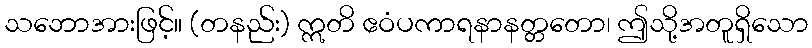
သဘောအားဖြင့်။ (တနည်း) ဣတိ ဧဝံပကာရနာနတ္တတော၊ ဤသို့အတူရှိသော